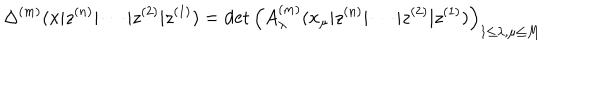
\Delta ^ { ( m ) } ( x | z ^ { ( n ) } | \cdots | z ^ { ( 2 ) } | z ^ { ( 1 ) } ) = \det \left( A _ { \lambda } ^ { ( m ) } ( x _ { \mu } | z ^ { ( n ) } | \cdots | z ^ { ( 2 ) } | z ^ { ( 1 ) } ) \right) _ { 1 \leq \lambda , \mu \leq M }